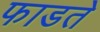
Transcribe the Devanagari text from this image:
फाडते